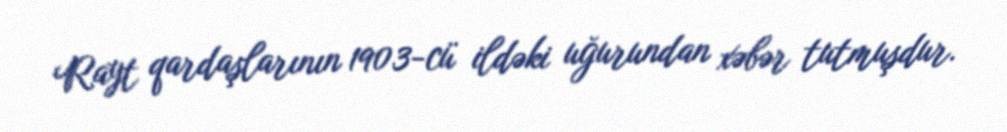
Rayt qardaşlarının 1903-cü ildəki uğurundan xəbər tutmuşdur.